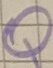
Text: Q